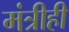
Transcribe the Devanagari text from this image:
मंत्रीही